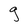
Character: g